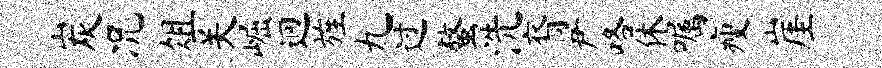
炭况俎关崛迥旌九过螯洗裔尹咯休嘱瘦崖